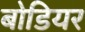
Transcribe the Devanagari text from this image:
बोडियर